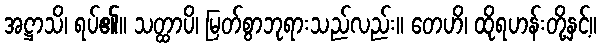
အဋ္ဌာသိ၊ ရပ်၏။ သတ္ထာပိ၊ မြတ်စွာဘုရားသည်လည်း။ တေဟိ၊ ထိုရဟန်းတို့နှင့်။